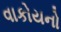
વાકોયનો